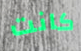
كانت